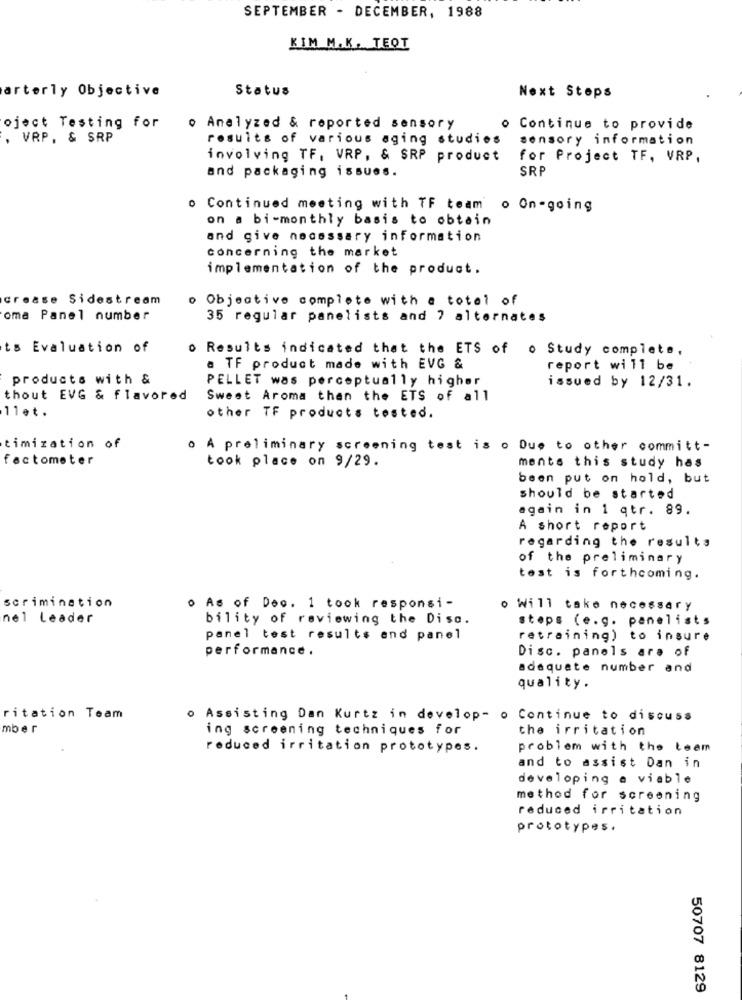
SEPTEMBER - DECEMBER, 1988
KIM M.K. TEOT
arterly Objective
Status
Next Stops
oject Testing for
o Analyzed & reported sensory
o Continue to provide
, VAP. & SRP
results of various aging studies
sensory information
involving TF, VRP, & SRP product
for Project TF, VRP,
SRP
and packaging issues.
Continued meeting with TF team o On-going
on a bi-monthly basis to obtain
and give necessary information
concerning the market
implementation of the product.
crease Sidestream
· Objective complete with a total of
oma Panel number
35 regular panelists and 7 alternates
ts Evaluation of
o Results indicated that the ETS of o Study complete,
a TF product made with EVG &
report will be
products with &
PELLET was perceptually higher
issued by 12/31.
thout EVG & flavored
Sweet Aroma than the ETS of all
11et .
other TF products tosted.
timization of
o A preliminary screening test is o Due to other committ-
factometer
ments this study has
took place on 9/29.
been put on hold, but
should be started
again in 1 qtr. 89.
A short report
regarding the results
of the preliminary
test is forthcoming.
scrimination
. As of Dec. 1 took responsi-
o Will take necessary
nel Leader
bility of reviewing the Diso.
steps (e.g. panelists
panel test results and panel
retraining) to insure
performance.
Disc. panels are of
adequate number and
quality.
ritation Team
o Assisting Dan Kurtz in develop- o Continue to discuss
mber
ing screening techniques for
the irritation
reduced irritation prototypes.
problem with the team
and to assist Dan in
developing a viable
method for screening
reduced irritation
prototypes.
50707 8129